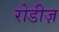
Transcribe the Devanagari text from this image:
रोडीज़